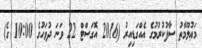
މަޢުލޫމާތު ސާފުކުރުމުގެ އެއްގަޑިއިރު (2016 އޮގަސްޓް 22 ވަނަ ދުވަހުގެ 10:00 ގެ)